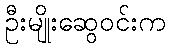
ဦးမျိုးဆွေဝင်းက